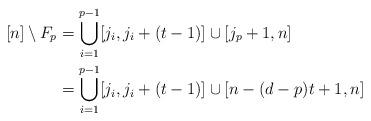
LaTeX: \begin{align*}[n]\setminus F_p&=\bigcup_{i=1}^{p-1}[j_i,j_i+(t-1)]\cup[j_p+1,n]\\&=\bigcup_{i=1}^{p-1}[j_i,j_i+(t-1)]\cup[n-(d-p)t+1,n]\end{align*}